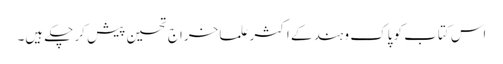
اس کتاب کو پاک و ہند کے اکثر علما خراج تحسین پیش کر چکے ہیں۔